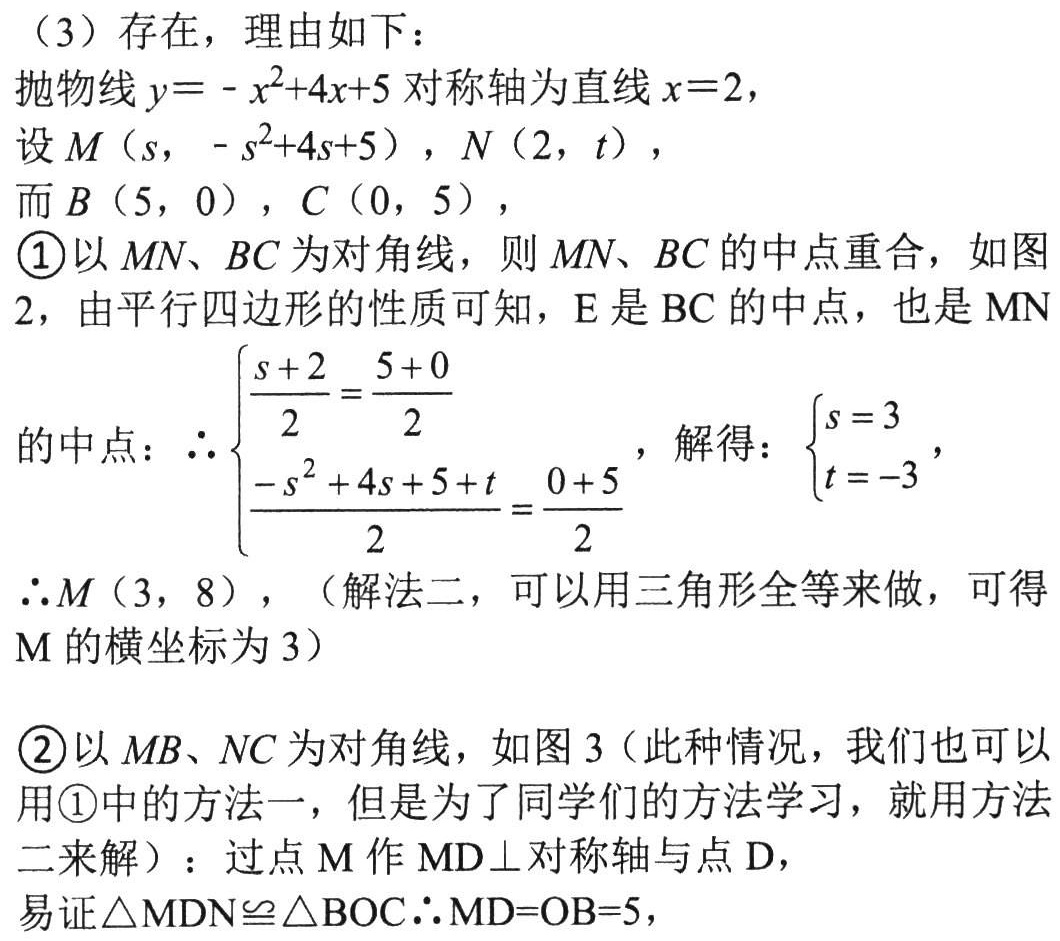
（3）存在，理由如下：
抛物线\(y = -x^{2}+4x + 5\)对称轴为直线\(x = 2\)，
设\(M(s, -s^{2}+4s + 5)\)，\(N(2, t)\)，
而\(B(5, 0)\)，\(C(0, 5)\)，
\textcircled{1}以\(MN\)、\(BC\)为对角线，则\(MN\)、\(BC\)的中点重合，如图2，由平行四边形的性质可知，\(E\)是\(BC\)的中点，也是\(MN\)
的中点：\(\therefore\begin{cases}\dfrac{s + 2}{2}=\dfrac{5 + 0}{2}\\\dfrac{-s^{2}+4s + 5 + t}{2}=\dfrac{0 + 5}{2}\end{cases}\)，解得：\(\begin{cases}s = 3\\t = -3\end{cases}\)，
\(\therefore M(3, 8)\)，（解法二，可以用三角形全等来做，可得\(M\)的横坐标为\(3\)）
\textcircled{2}以\(MB\)、\(NC\)为对角线，如图3（此种情况，我们也可以
用\textcircled{1}中的方法一，但是为了同学们的方法学习，就用方法
二来解）：过点\(M\)作\(MD\perp\)对称轴与点\(D\)，
易证\(\triangle MDN\cong\triangle BOC\therefore MD = OB = 5\)，